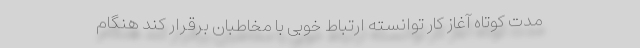
مدت کوتاه آغاز کار توانسته ارتباط خوبی با مخاطبان برقرار کند هنگام